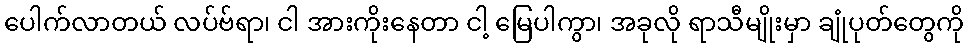
ပေါက်လာတယ် လပ်ဗ်ရာ၊ ငါ အားကိုးနေတာ ငါ့ မြေပါကွာ၊ အခုလို ရာသီမျိုးမှာ ချုံပုတ်တွေကို